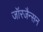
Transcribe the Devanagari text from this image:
जॉरजैन्सन